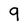
Character: 9